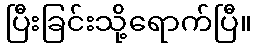
ပြီးခြင်းသို့ရောက်ပြီ။